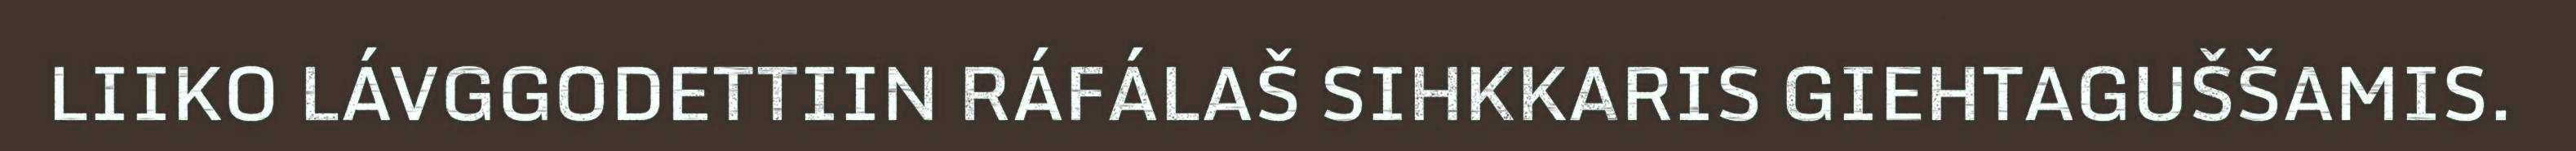
LIIKO LÁVGGODETTIIN RÁFÁLAŠ SIHKKARIS GIEHTAGUŠŠAMIS.